Vaccination report Assam 1896-1927 - 1896-1927
Year: 1896
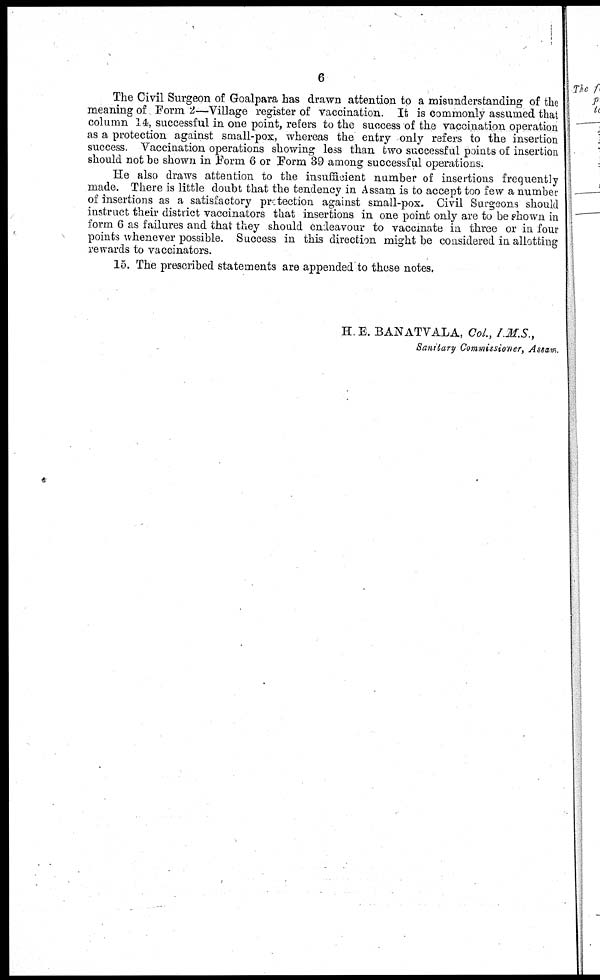
6
The Civil Surgeon of Goalpara has drawn attention to a misunderstanding of the
meaning of Form 2—Village register of vaccination. It is commonly assumed that
column 14, successful in one point, refers to the success of the vaccination operation
as a protection against small-pox, whereas the entry only refers to the insertion
success. Vaccination operations showing less than two successful points of insertion
should not be shown in Form 6 or Form 39 among successful operations.
He also draws attention to the insufficient number of insertions frequently
made. There is little doubt that the tendency in Assam is to accept too few a number
of insertions as a satisfactory protection against small-pox. Civil Surgeons should
instruct their district vaccinators that insertions in one point only are to be shown in
form 6 as failures and that they should endeavour to vaccinate in three or in four
points whenever possible. Success in this direction might be considered in allotting
rewards to vaccinators.
15. The prescribed statements are appended to these notes.
H. E. BANATVALA, Col., I.M.S.,
Sanitary Commissioner, Assam.